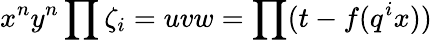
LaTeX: x^{n}y^{n}\prod\zeta_{i}=uvw=\prod(t-f(q^{i}x))